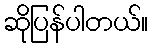
ဆိုပြန်ပါတယ်။